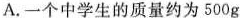
A.一个中学生的质量约为500g